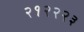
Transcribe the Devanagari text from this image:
२१२२२३